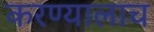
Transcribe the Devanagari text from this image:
करण्यालाच